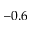
- 0 . 6